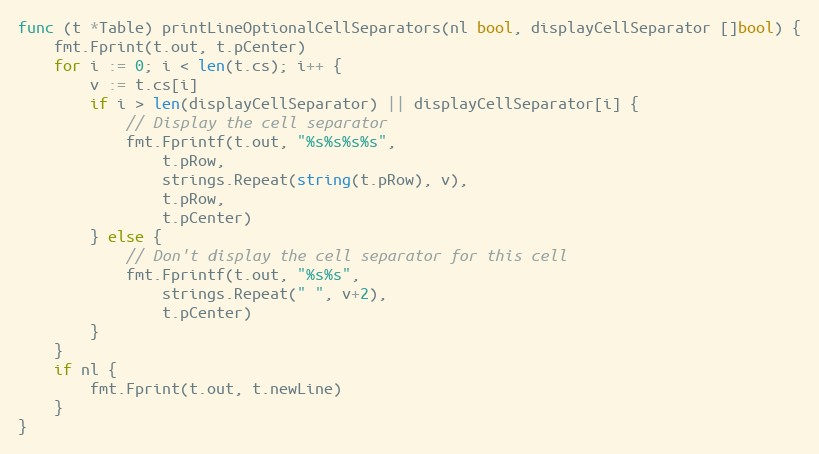
Language: Go
func (t *Table) printLineOptionalCellSeparators(nl bool, displayCellSeparator []bool) {
	fmt.Fprint(t.out, t.pCenter)
	for i := 0; i < len(t.cs); i++ {
		v := t.cs[i]
		if i > len(displayCellSeparator) || displayCellSeparator[i] {
			// Display the cell separator
			fmt.Fprintf(t.out, "%s%s%s%s",
				t.pRow,
				strings.Repeat(string(t.pRow), v),
				t.pRow,
				t.pCenter)
		} else {
			// Don't display the cell separator for this cell
			fmt.Fprintf(t.out, "%s%s",
				strings.Repeat(" ", v+2),
				t.pCenter)
		}
	}
	if nl {
		fmt.Fprint(t.out, t.newLine)
	}
}